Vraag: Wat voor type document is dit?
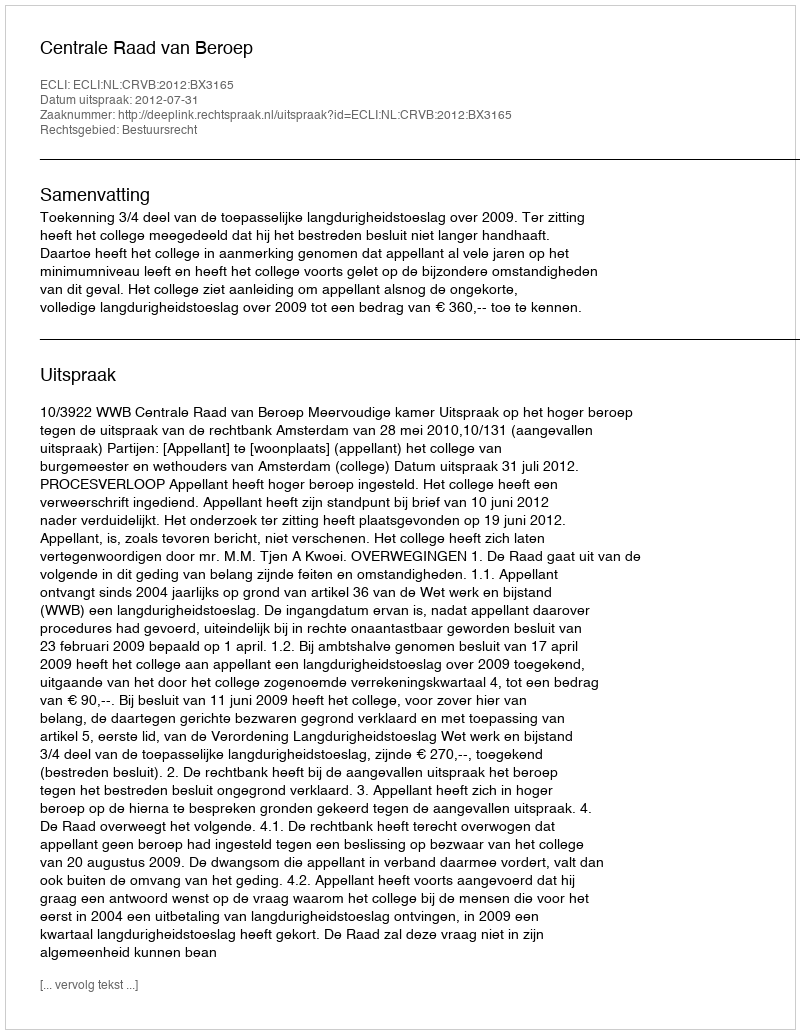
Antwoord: Uitspraak